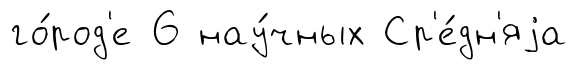
го́род'е 6 нау́чных Ср'е́дн'яjа